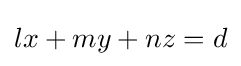
lx+my+nz=d